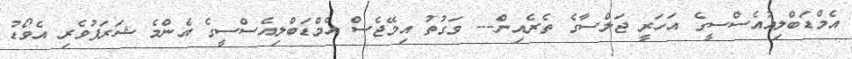
އެމްޑަބްލިއުއެސްސީގެ އަހަރީ ޖަލްސާގެ ތެރެއިން--- ވަގުތު އިމޭޖެސް އެމްޑަބްލިއެސްސީގެ އެންމެ ޝަރަފުވެރި އެވޯޑު